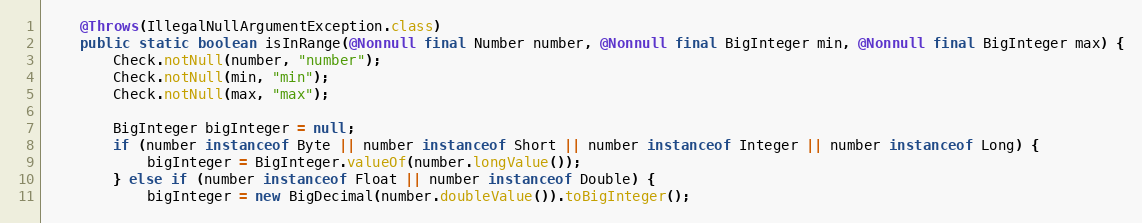
Language: Java
	@Throws(IllegalNullArgumentException.class)
	public static boolean isInRange(@Nonnull final Number number, @Nonnull final BigInteger min, @Nonnull final BigInteger max) {
		Check.notNull(number, "number");
		Check.notNull(min, "min");
		Check.notNull(max, "max");

		BigInteger bigInteger = null;
		if (number instanceof Byte || number instanceof Short || number instanceof Integer || number instanceof Long) {
			bigInteger = BigInteger.valueOf(number.longValue());
		} else if (number instanceof Float || number instanceof Double) {
			bigInteger = new BigDecimal(number.doubleValue()).toBigInteger();